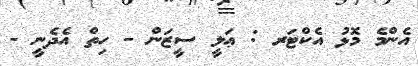
އެންމެ މޮޅު އެކްޓަރ : ޢަލީ ސީޒަން - ހިތް އެދެނީ -